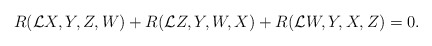
\begin{align*}R ( {\mathcal{L}}X, Y,Z,W) +R ( {\mathcal{L}}Z, Y,W,X)+R ( {\mathcal{L}}W, Y,X,Z) = 0 . \end{align*}